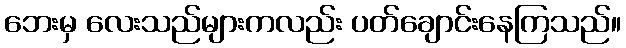
ဘေးမှ လေးသည်များကလည်း ပတ်ချောင်းနေကြသည်။